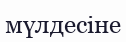
мүлдесіне